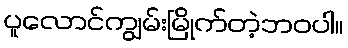
ပူလောင်ကျွမ်းမြိုက်တဲ့ဘဝပါ။